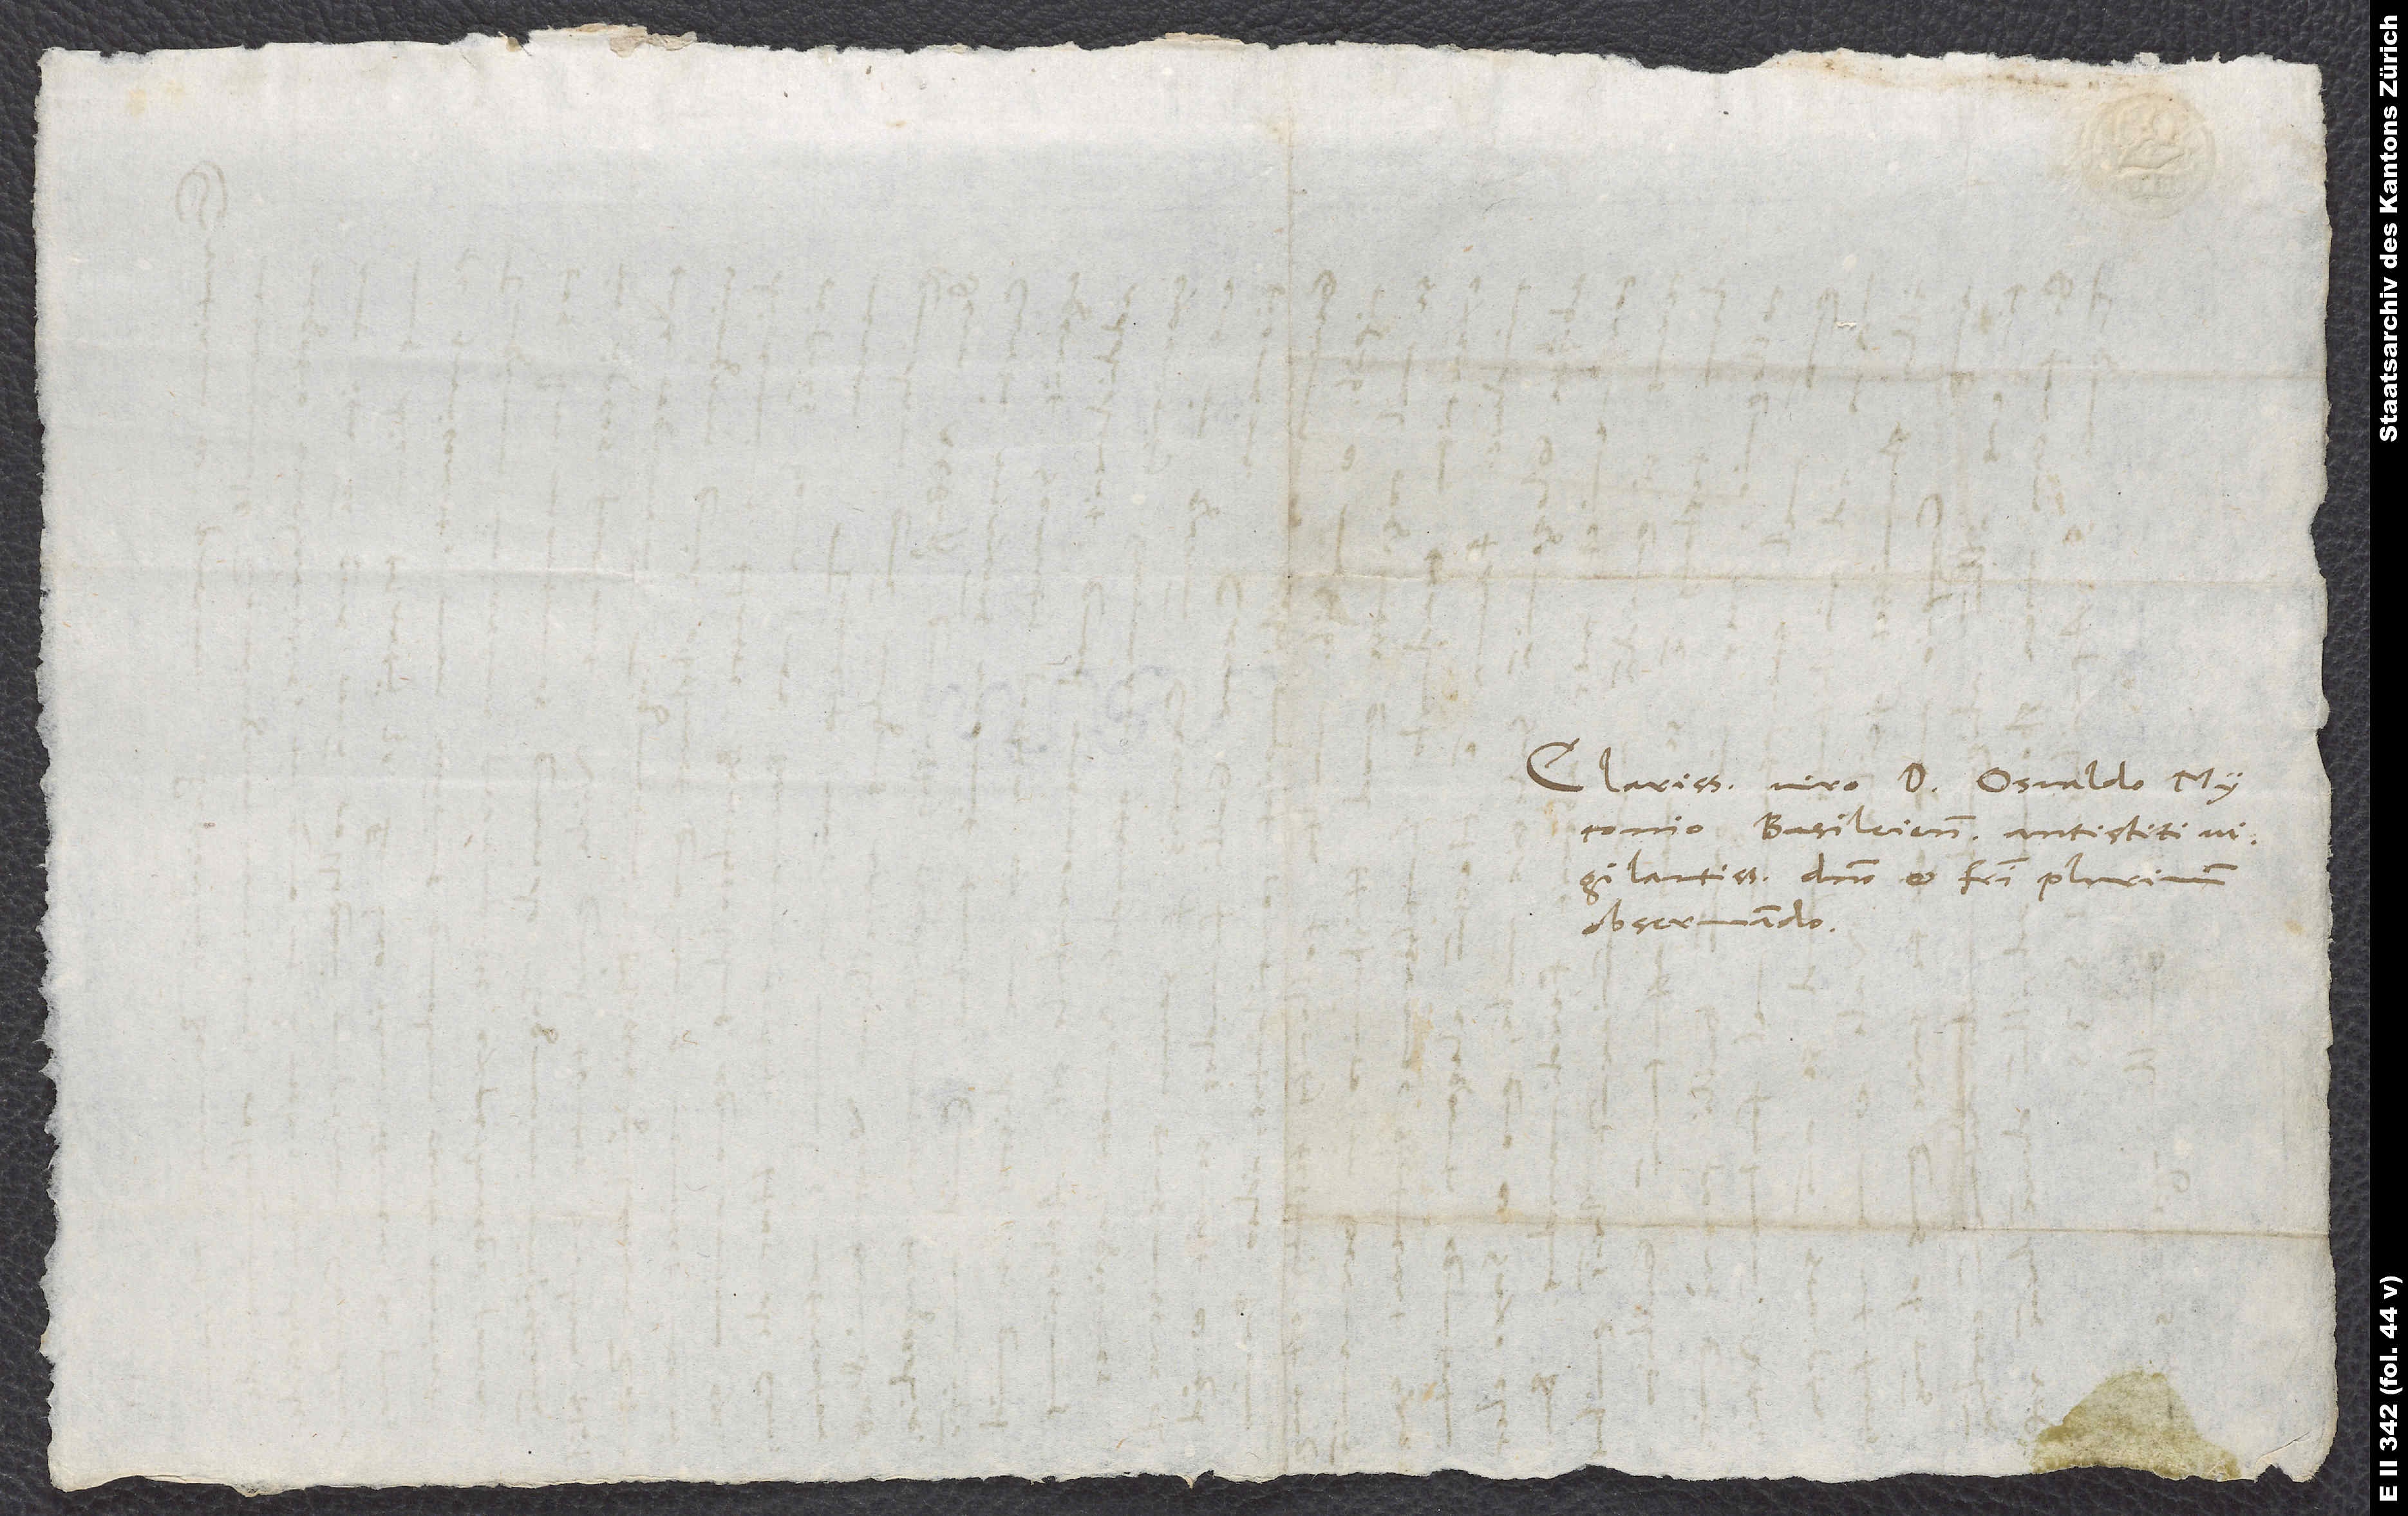
Clarissimo viro domino Osvaldo Myconio,
Basileiensium antistiti
vigilantissimo, domino et fratri plurimum
observando.